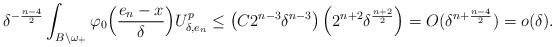
LaTeX: \begin{align*}\delta^{-\frac{n-4}{2}}\int_{{B}\backslash\omega_+}\varphi_0\Big(\frac{e_n-x}{\delta}\Big)U_{\delta,e_n}^p \leq \left(C2^{n-3}\delta^{n-3}\right)\left(2^{n+2} \delta^\frac{n+2}{2}\right)=O(\delta^{n+\frac{n-4}{2}})=o(\delta).\end{align*}